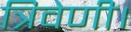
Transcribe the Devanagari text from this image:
त्रिवेणी।